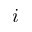
i